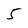
Character: 5